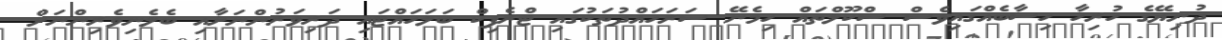
ދުނިޔޭގެ ހުރިހާ ހިސާބެއްގައިވެސް ސްކޫލްތައް ހިމެނޭ ސަރަހައްދުތަކުގައި ޓްރެފިކް ބަލަހައްޓައި ދަރިވަރުންނަށާއި ބެލެނިވެރިންނަށް